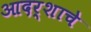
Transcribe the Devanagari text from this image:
आदर्शाचे